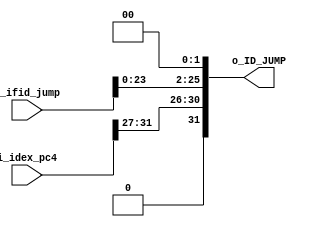
`timescale 1ns / 1ps

module pc_jump
    #(
        parameter BITS_SIZE     =  32,
        parameter BITS_JUMP     =  26
    )
    (
        input   wire    [BITS_JUMP-1 :0]     i_ifid_jump, //[25:0] Instrucction IF
        input   wire    [BITS_SIZE-1:0]      i_idex_pc4,
        output  wire    [BITS_SIZE-1:0]      o_ID_JUMP                 
    );
    
    reg [BITS_SIZE-1:0]   reg_jump   ;    
    
    always @(*)
    begin
        reg_jump   <=  {i_idex_pc4[BITS_SIZE-1:27], (i_ifid_jump<<2)}  ; //se obtienen los bits 31 a 27 y se concatenan con i_ifid_jump
                                                             //i_ifid_jump se desplazo 2 lugares a la izq, lo que equivale a multiplicar por 4
                                                             //calculo el salto
    end   
    
   assign  o_ID_JUMP   = reg_jump   ;
endmodule